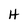
Character: H